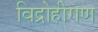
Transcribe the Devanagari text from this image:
विद्रोहीगण